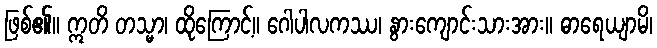
ဖြစ်၏။ ဣတိ တသ္မာ၊ ထိုကြောင့်။ ဂေါပါလကဿ၊ နွားကျောင်းသားအား။ ဓာရေယျာမိ၊